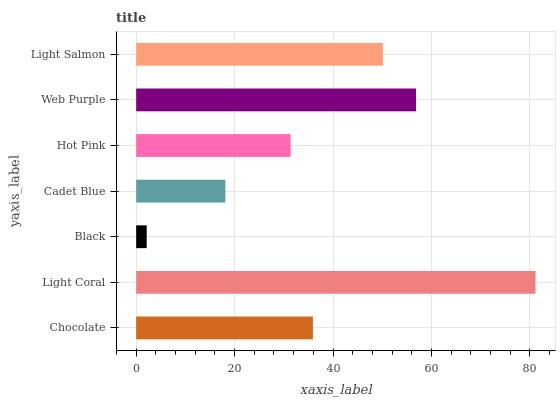
| yaxis_label | bars |
 | --- | --- |
 | Chocolate | 35.9 |
 | Light Coral | 81.1 |
 | Black | 2.14 |
 | Cadet Blue | 18.1 |
 | Hot Pink | 31.4 |
 | Web Purple | 56.9 |
 | Light Salmon | 50.1 |